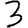
Digit: 3